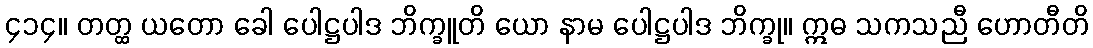
၄၁၄။ တတ္ထ ယတော ခေါ ပေါဋ္ဌပါဒ ဘိက္ခူတိ ယော နာမ ပေါဋ္ဌပါဒ ဘိက္ခု။ ဣဓ သကသညီ ဟောတီတိ